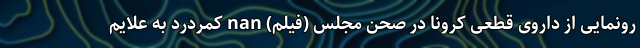
رونمایی از داروی قطعی کرونا در صحن مجلس (فیلم) nan کمردرد به علایم